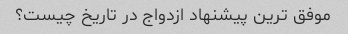
موفق ترین پیشنهاد ازدواج در تاریخ چیست؟